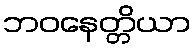
ဘဝနေတ္တိယာ